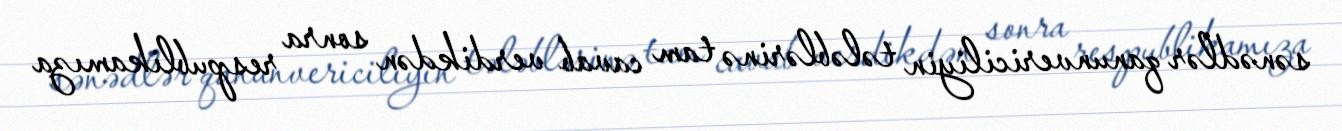
sənədlər qanunvericiliyin tələblərinə tam cavab verdikdən sonra respublikamıza